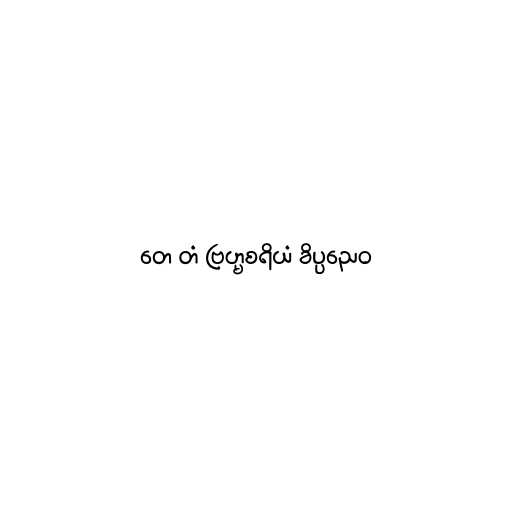
တေ တံ ဗြဟ္မစရိယံ ခိပ္ပညေဝ